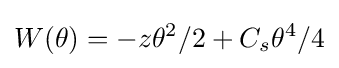
W(\theta )=-z\theta ^{2}/2+C_{s}\theta ^{4}/4